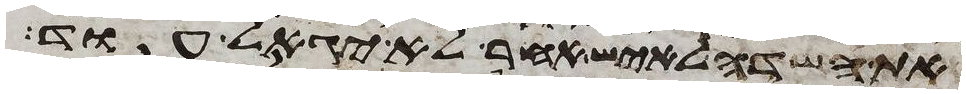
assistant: את השדה לאיש אחר לא יגאל עוד